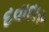
દવાદારૂ